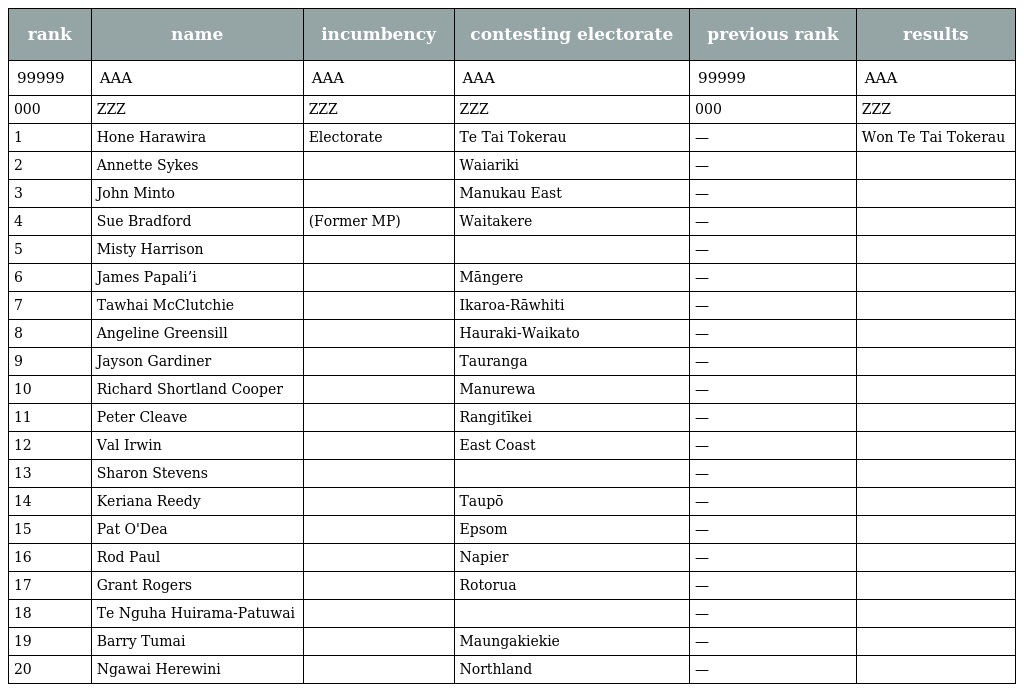
| rank | name | incumbency | contesting electorate | previous rank | results |
 | --- | --- | --- | --- | --- | --- |
 | 99999 | AAA | AAA | AAA | 99999 | AAA |
 | 000 | ZZZ | ZZZ | ZZZ | 000 | ZZZ |
 | 1 | Hone Harawira | Electorate | Te Tai Tokerau | — | Won Te Tai Tokerau |
 | 2 | Annette Sykes |  | Waiariki | — |  |
 | 3 | John Minto |  | Manukau East | — |  |
 | 4 | Sue Bradford | (Former MP) | Waitakere | — |  |
 | 5 | Misty Harrison |  |  | — |  |
 | 6 | James Papali’i |  | Māngere | — |  |
 | 7 | Tawhai McClutchie |  | Ikaroa-Rāwhiti | — |  |
 | 8 | Angeline Greensill |  | Hauraki-Waikato | — |  |
 | 9 | Jayson Gardiner |  | Tauranga | — |  |
 | 10 | Richard Shortland Cooper |  | Manurewa | — |  |
 | 11 | Peter Cleave |  | Rangitīkei | — |  |
 | 12 | Val Irwin |  | East Coast | — |  |
 | 13 | Sharon Stevens |  |  | — |  |
 | 14 | Keriana Reedy |  | Taupō | — |  |
 | 15 | Pat O'Dea |  | Epsom | — |  |
 | 16 | Rod Paul |  | Napier | — |  |
 | 17 | Grant Rogers |  | Rotorua | — |  |
 | 18 | Te Nguha Huirama-Patuwai |  |  | — |  |
 | 19 | Barry Tumai |  | Maungakiekie | — |  |
 | 20 | Ngawai Herewini |  | Northland | — |  |